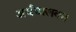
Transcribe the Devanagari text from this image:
अर्धचालक।